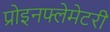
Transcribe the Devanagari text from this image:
प्रोइनफ्लेमेटरी